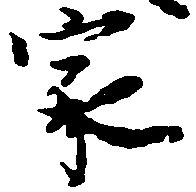
家